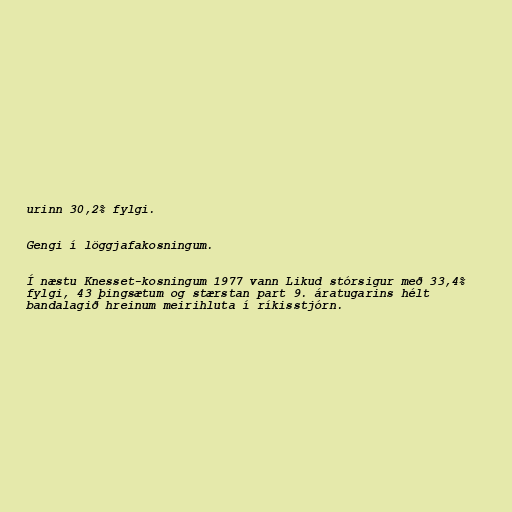
urinn 30,2% fylgi.

Gengi í löggjafakosningum.

Í næstu Knesset-kosningum 1977 vann Likud stórsigur með 33,4%
fylgi, 43 þingsætum og stærstan part 9. áratugarins hélt
bandalagið hreinum meirihluta í ríkisstjórn.